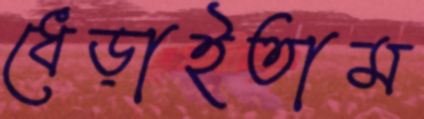
ধেড়াইতাম